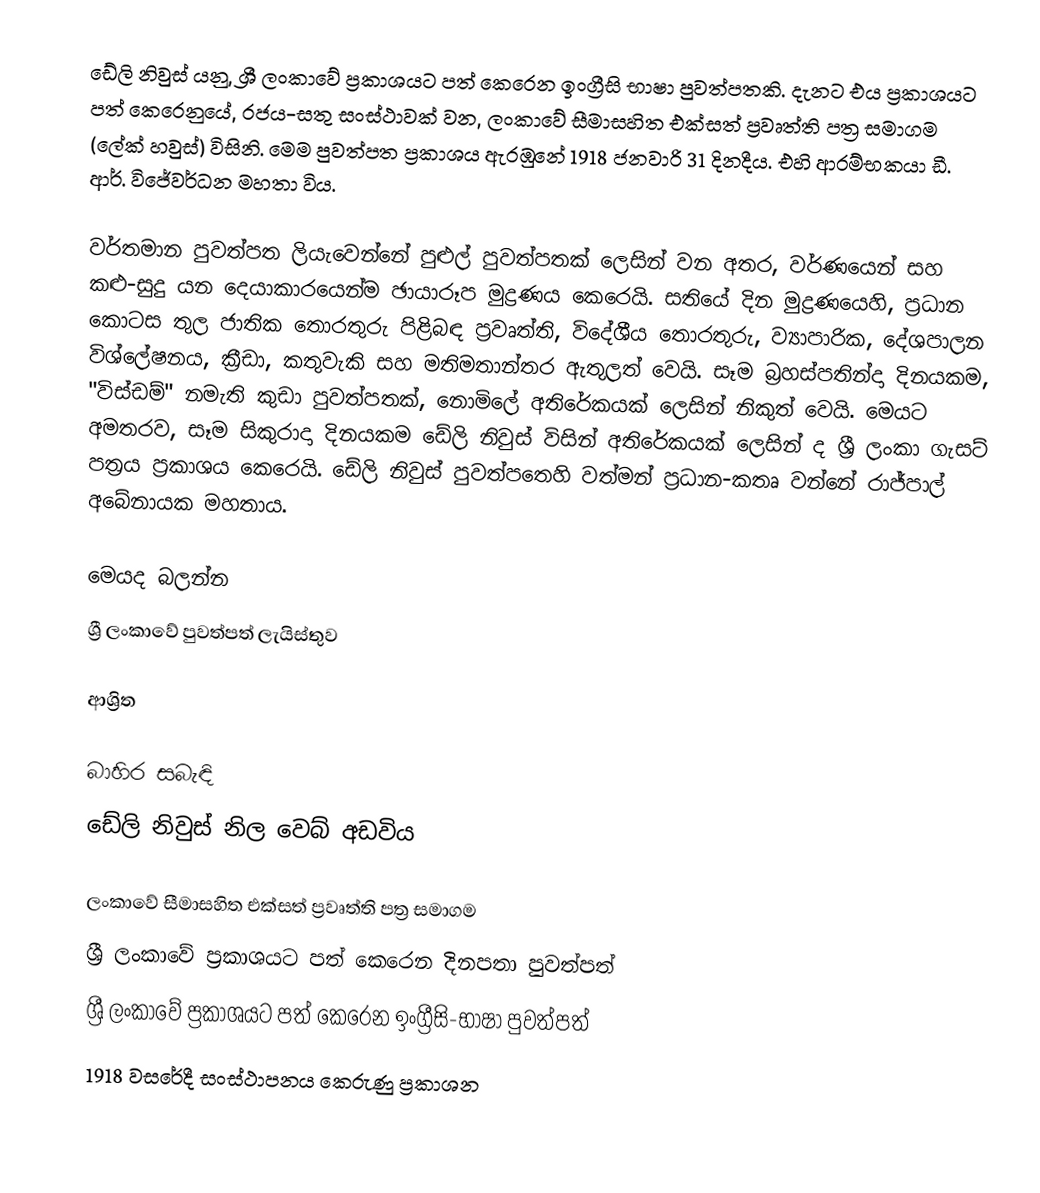
ඩේලි නිවුස් යනු,  ශ්‍රී ලංකාවේ ප්‍රකාශයට පත් කෙරෙන ඉංග්‍රීසි භාෂා පුවත්පතකි. දැනට එය ප්‍රකාශයට පත් කෙරෙනුයේ,    රජය-සතු සංස්ථාවක් වන,  ලංකාවේ සීමාසහිත එක්සත් ප්‍රවෘත්ති පත්‍ර සමාගම (ලේක් හවුස්) විසිනි. මෙම පුවත්පත ප්‍රකාශය ඇරඹුනේ  1918 ජනවාරි 31 දිනදීය. එහි ආරම්භකයා ඩී. ආර්. විජේවර්ධන මහතා විය.

වර්තමාන පුවත්පත ලියැවෙන්නේ පුළුල් පුවත්පතක් ලෙසින් වන අතර, වර්ණයෙන් සහ කළු-සුදු යන දෙයාකාරයෙන්ම ඡායාරූප මුද්‍රණය කෙරෙයි. සතියේ දින මුද්‍රණයෙහි, ප්‍රධාන කොටස තුල ජාතික තොරතුරු පිළිබඳ ප්‍රවෘත්ති, විදේශීය තොරතුරු, ව්‍යාපාරික, දේශපාලන විශ්ලේෂනය, ක්‍රීඩා, කතුවැකි සහ මතිමතාන්තර ඇතුලත් වෙයි. සෑම බ්‍රහස්පතින්දා දිනයකම,  "විස්ඩම්" නමැති කුඩා පුවත්පතක්, නොමිලේ අතිරේකයක් ලෙසින් නිකුත් වෙයි. මෙයට අමතරව, සෑම සිකුරාදා දිනයකම ඩේලි නිවුස් විසින් අතිරේකයක් ලෙසින් ද ශ්‍රී ලංකා ගැසට් පත්‍රය ප්‍රකාශය කෙරෙයි. ඩේලි නිවුස් පුවත්පතෙහි වත්මන් ප්‍රධාන-කතෘ වන්නේ රාජ්පාල් අබේනායක මහතාය.

මෙයද බලන්න
ශ්‍රී ලංකාවේ පුවත්පත් ලැයිස්තුව

ආශ්‍රිත

බාහිර සබැඳි
 ඩේලි නිවුස් නිල වෙබ් අඩවිය

ලංකාවේ සීමාසහිත එක්සත් ප්‍රවෘත්ති පත්‍ර සමාගම
 ශ්‍රී ලංකාවේ ප්‍රකාශයට පත් කෙරෙන දිනපතා පුවත්පත්
 ශ්‍රී ලංකාවේ ප්‍රකාශයට පත් කෙරෙන ඉංග්‍රීසි-භාෂා පුවත්පත්
 1918 වසරේදී සංස්ථාපනය කෙරුණු ප්‍රකාශන